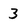
Character: 3